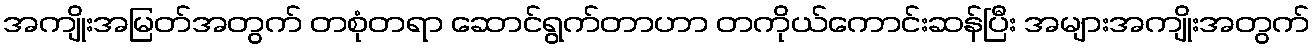
အကျိုးအမြတ်အတွက် တစုံတရာ ဆောင်ရွက်တာဟာ တကိုယ်ကောင်းဆန်ပြီး အများအကျိုးအတွက်